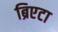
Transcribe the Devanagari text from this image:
ब्रिएटा